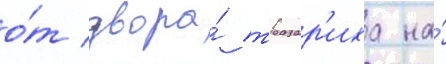
о́т двора́ тразар'иха на́